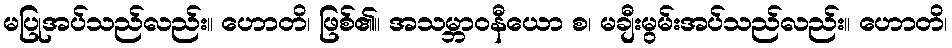
မပြုအပ်သည်လည်း။ ဟောတိ၊ ဖြစ်၏။ အသမ္ဘာဝနီယော စ၊ မချီးမွမ်းအပ်သည်လည်း။ ဟောတိ၊